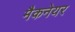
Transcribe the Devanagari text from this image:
मैकनेयर